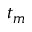
t _ { m }